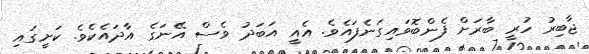
ޖާބިރު ހުރީ ބާރަށް ފެންބޮވައިގަނެފައެވެ. އެއީ އަބަދު ވެސް އޭނަގެ އާދައެކެވެ. ކަށީގައި